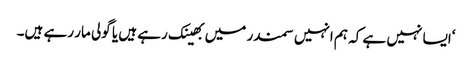
‘ایسا نہیں ہے کہ ہم انہیں سمندر میں بھینک رہے ہیں یا گولی مار رہے ہیں۔